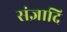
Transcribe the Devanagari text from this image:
संज्ञादि